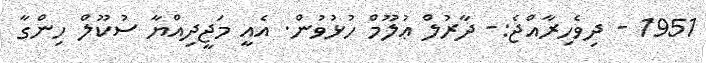
1951 - ދިވެހިރާއްޖެ:- ދާރުލް ޢުލޫމް ހުޅުވުން. އެއީ މަޖީދިއްޔާ ސުކޫލް ހިންގާ